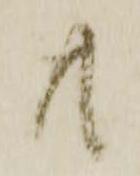
共